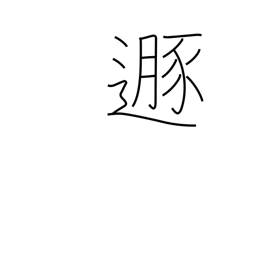
Meaning: flee